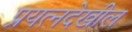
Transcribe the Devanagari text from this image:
प्रयत्‍नदेखील